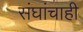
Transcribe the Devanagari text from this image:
संघांचाही